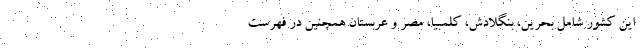
این کشور شامل بحرین، بنگلادش، کلمبیا، مصر و عربستان همچنین در فهرست